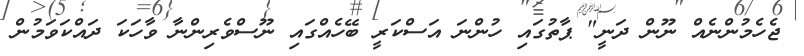
ޖެހެމުންނެއް ނޫން ދަނީ" ޕާތުގައި ހުންނަ އަސްކަރީ ބޭހެއްގައި ނޫސްވެރިންނާ ވާހަކަ ދައްކަވަމުން